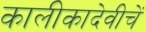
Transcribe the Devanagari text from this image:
कालीकादेवीचें